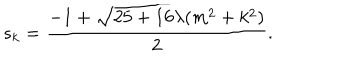
s _ { k } = \frac { - 1 + \sqrt { 2 5 + 1 6 \lambda ( m ^ { 2 } + k ^ { 2 } ) } } { 2 } .